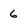
Character: 6